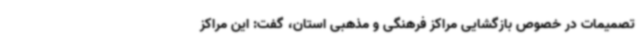
تصمیمات در خصوص بازگشایی مراکز فرهنگی و مذهبی استان، گفت: این مراکز